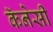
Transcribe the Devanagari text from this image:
कॅनेसी